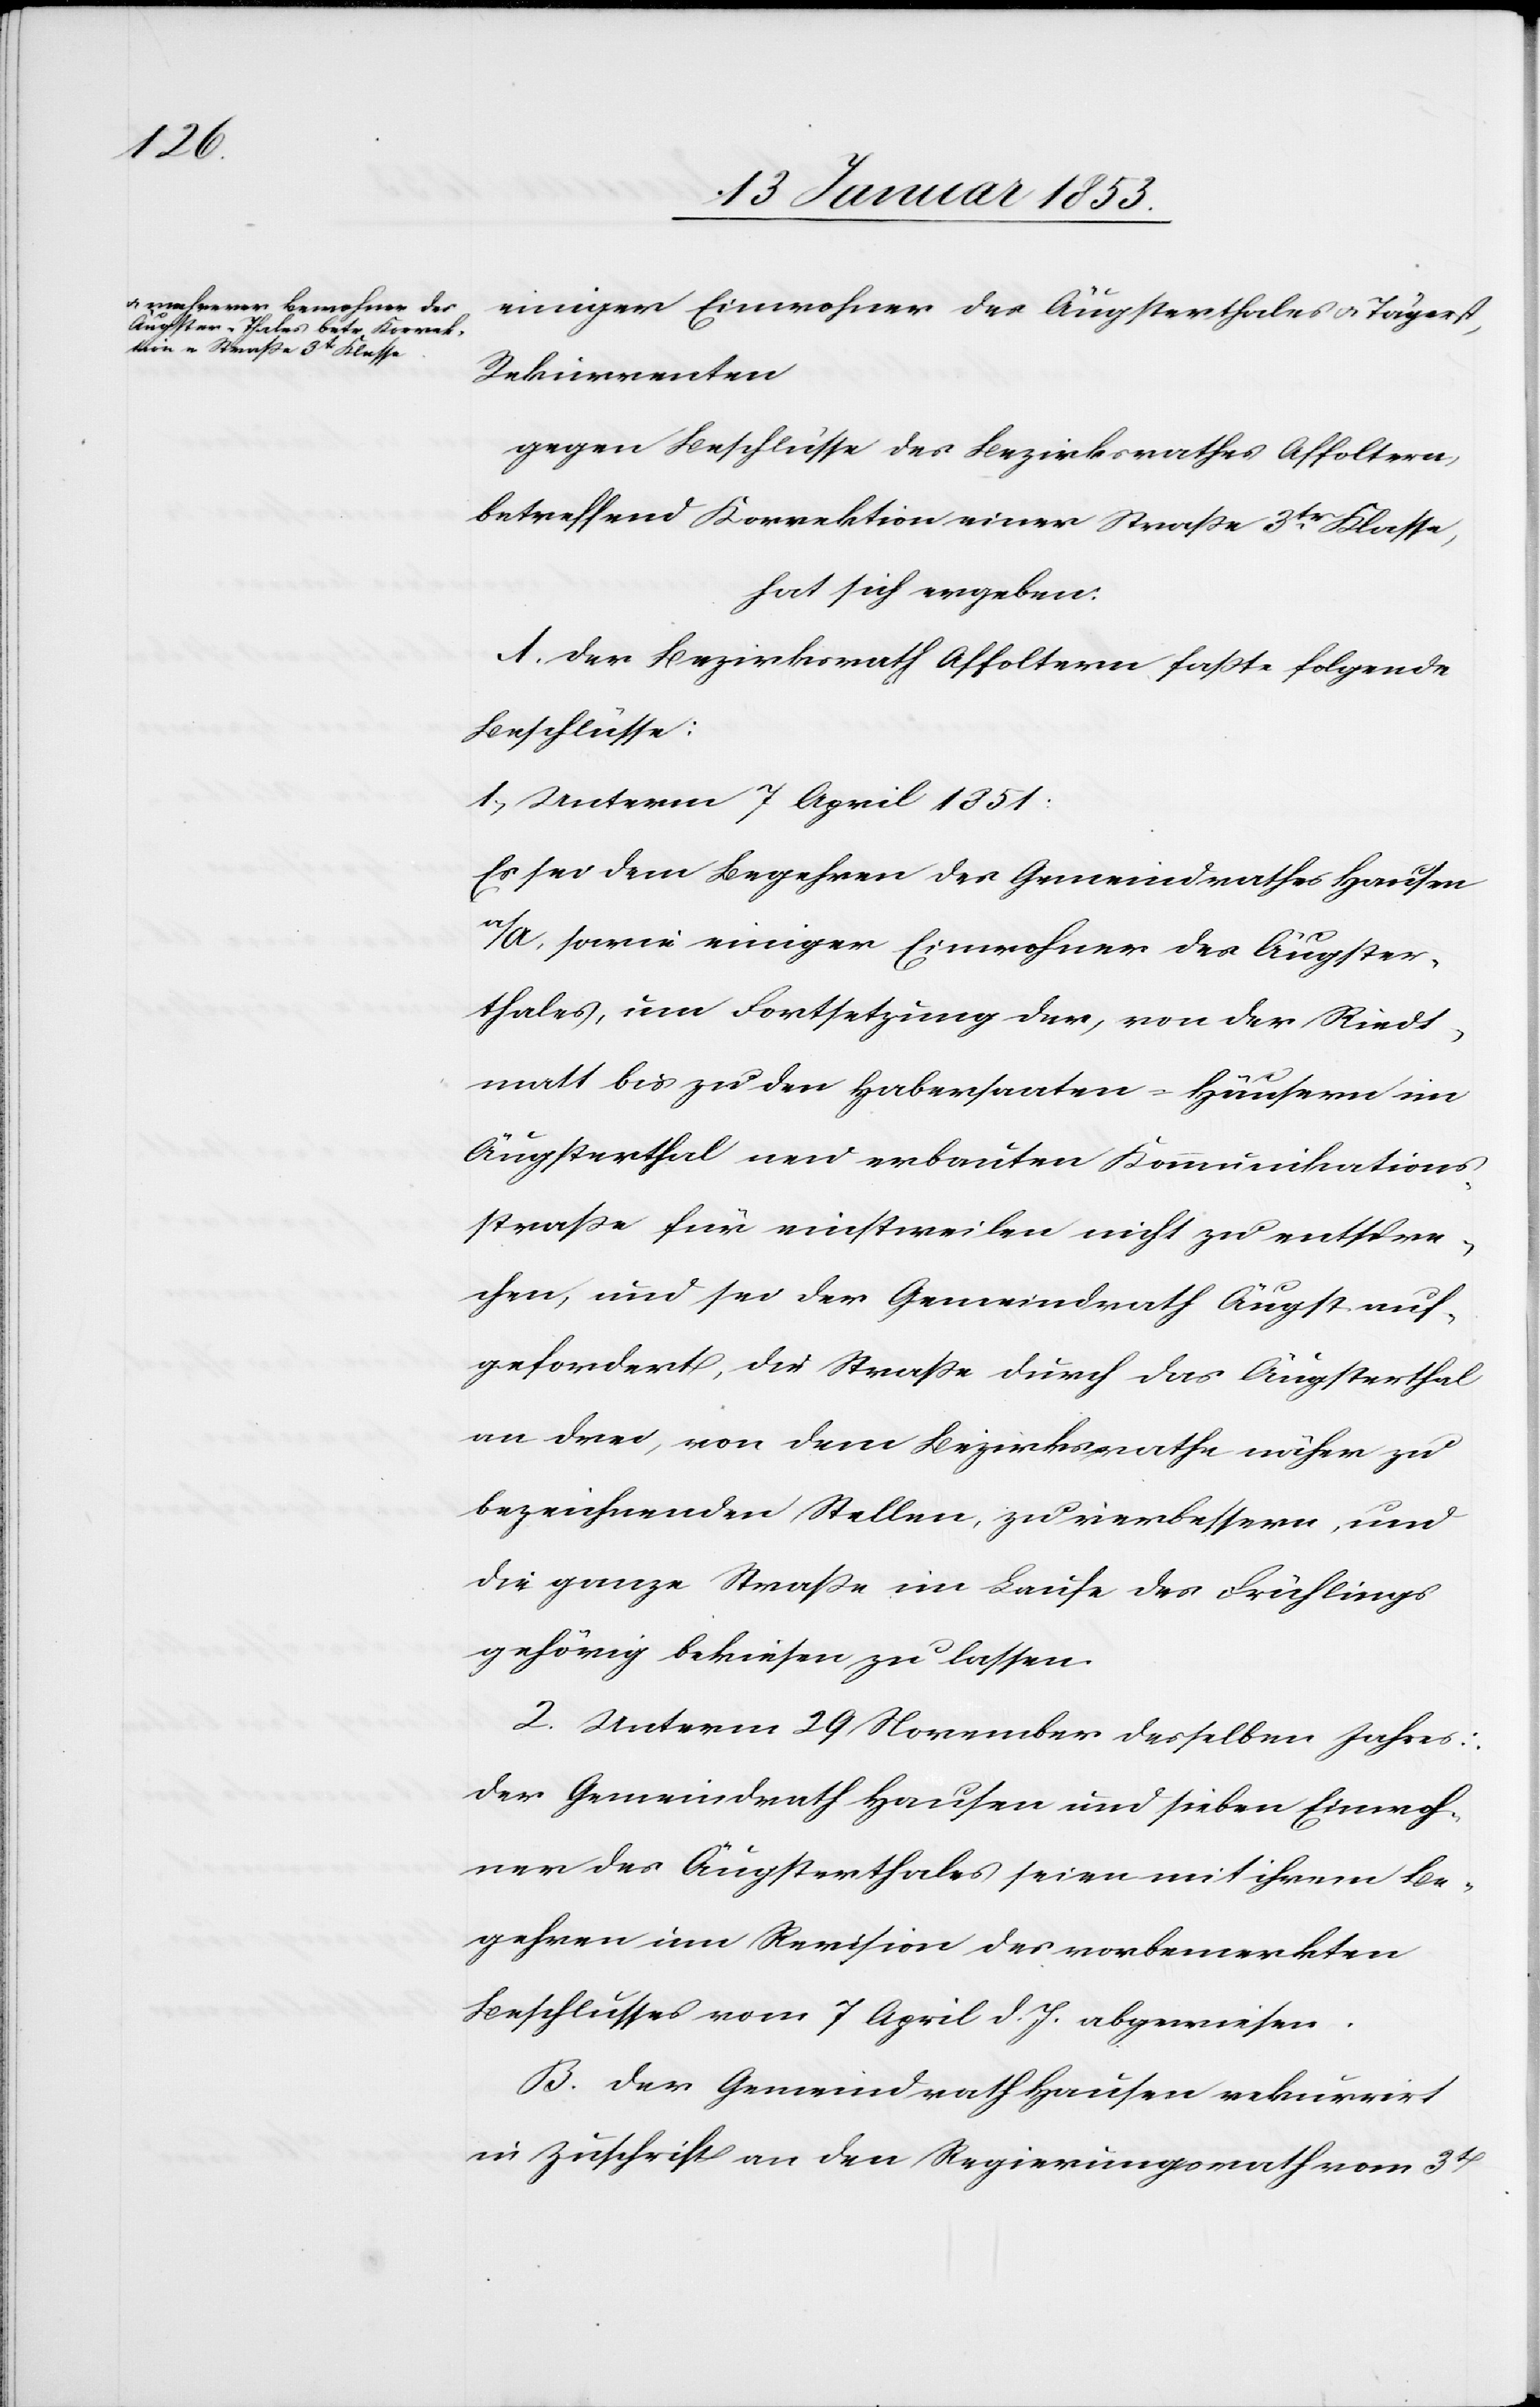
einiger Einwohner des Äugsterthales u. Tägerst,
Rekurrenten
gegen Beschlüsse des Bezirksrathes Affoltern,
betreffend Korrektion einer Strasse 3tr Klasse,
hat sich ergeben:
A. Der Bezirksrath Affoltern fasste folgende
Beschlüsse:
1. Unterm 7 April 1851:
Es sei dem Begehren des Gemeindrathes Hausen
a/A, sowie einiger Einwohner des Äugster¬
thales, um Fortsetzung der, von der Riedt¬
matt bis zu den Habersaaten-Häusern im
Äugsterthal neu erbauten Kommunikations¬
strasse für einstweilen nicht zu entspre¬
chen, und sei der Gemeindrath Äugst auf¬
gefordert, der Strasse durch das Äugsterthal
an drei, von dem Bezirksrathe näher zu
bezeichnenden Stellen, zu verbeßern, und
die ganze Strasse im Laufe des Frühlings
gehörig bekiesen zu lassen.
2. Unterm 29 November desselben Jahres:
der Gemeindrath Hausen und sieben Einwoh¬
ner des Äugsterthales seien mit ihrem Be¬
gehren um Revision des vorbemerkten
Beschlusses vom 7 April d. J. abgewiesen.
B. Der Gemeindrath Hausen rekurrirt
in Zuschrift an den Regierungsrath vom 3t